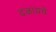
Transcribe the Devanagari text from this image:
दळायचे